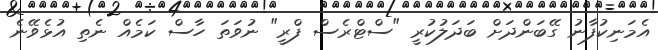
އެމަނިކުފާނު ގޭބަންދަށް ބަދަލުކުރީ "ސްޓްރެސް ފްރީ" ނުވަތަ ހާސް ކަމެއް ނެތި އުޅެވޭނެ